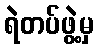
ရဲတပ်ဖွဲ့မှ